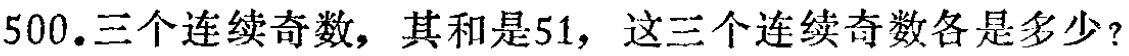
500.三个连续奇数，其和是51，这三个连续奇数各是多少？